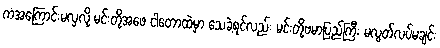
ကံအကြောင်းမလှလို့ မင်းတို့အဖေ ငါတောထဲမှာ သေခဲ့ရင်လည်း မင်းတို့ဗမာပြည်ကြီး မလွတ်လပ်မချင်း